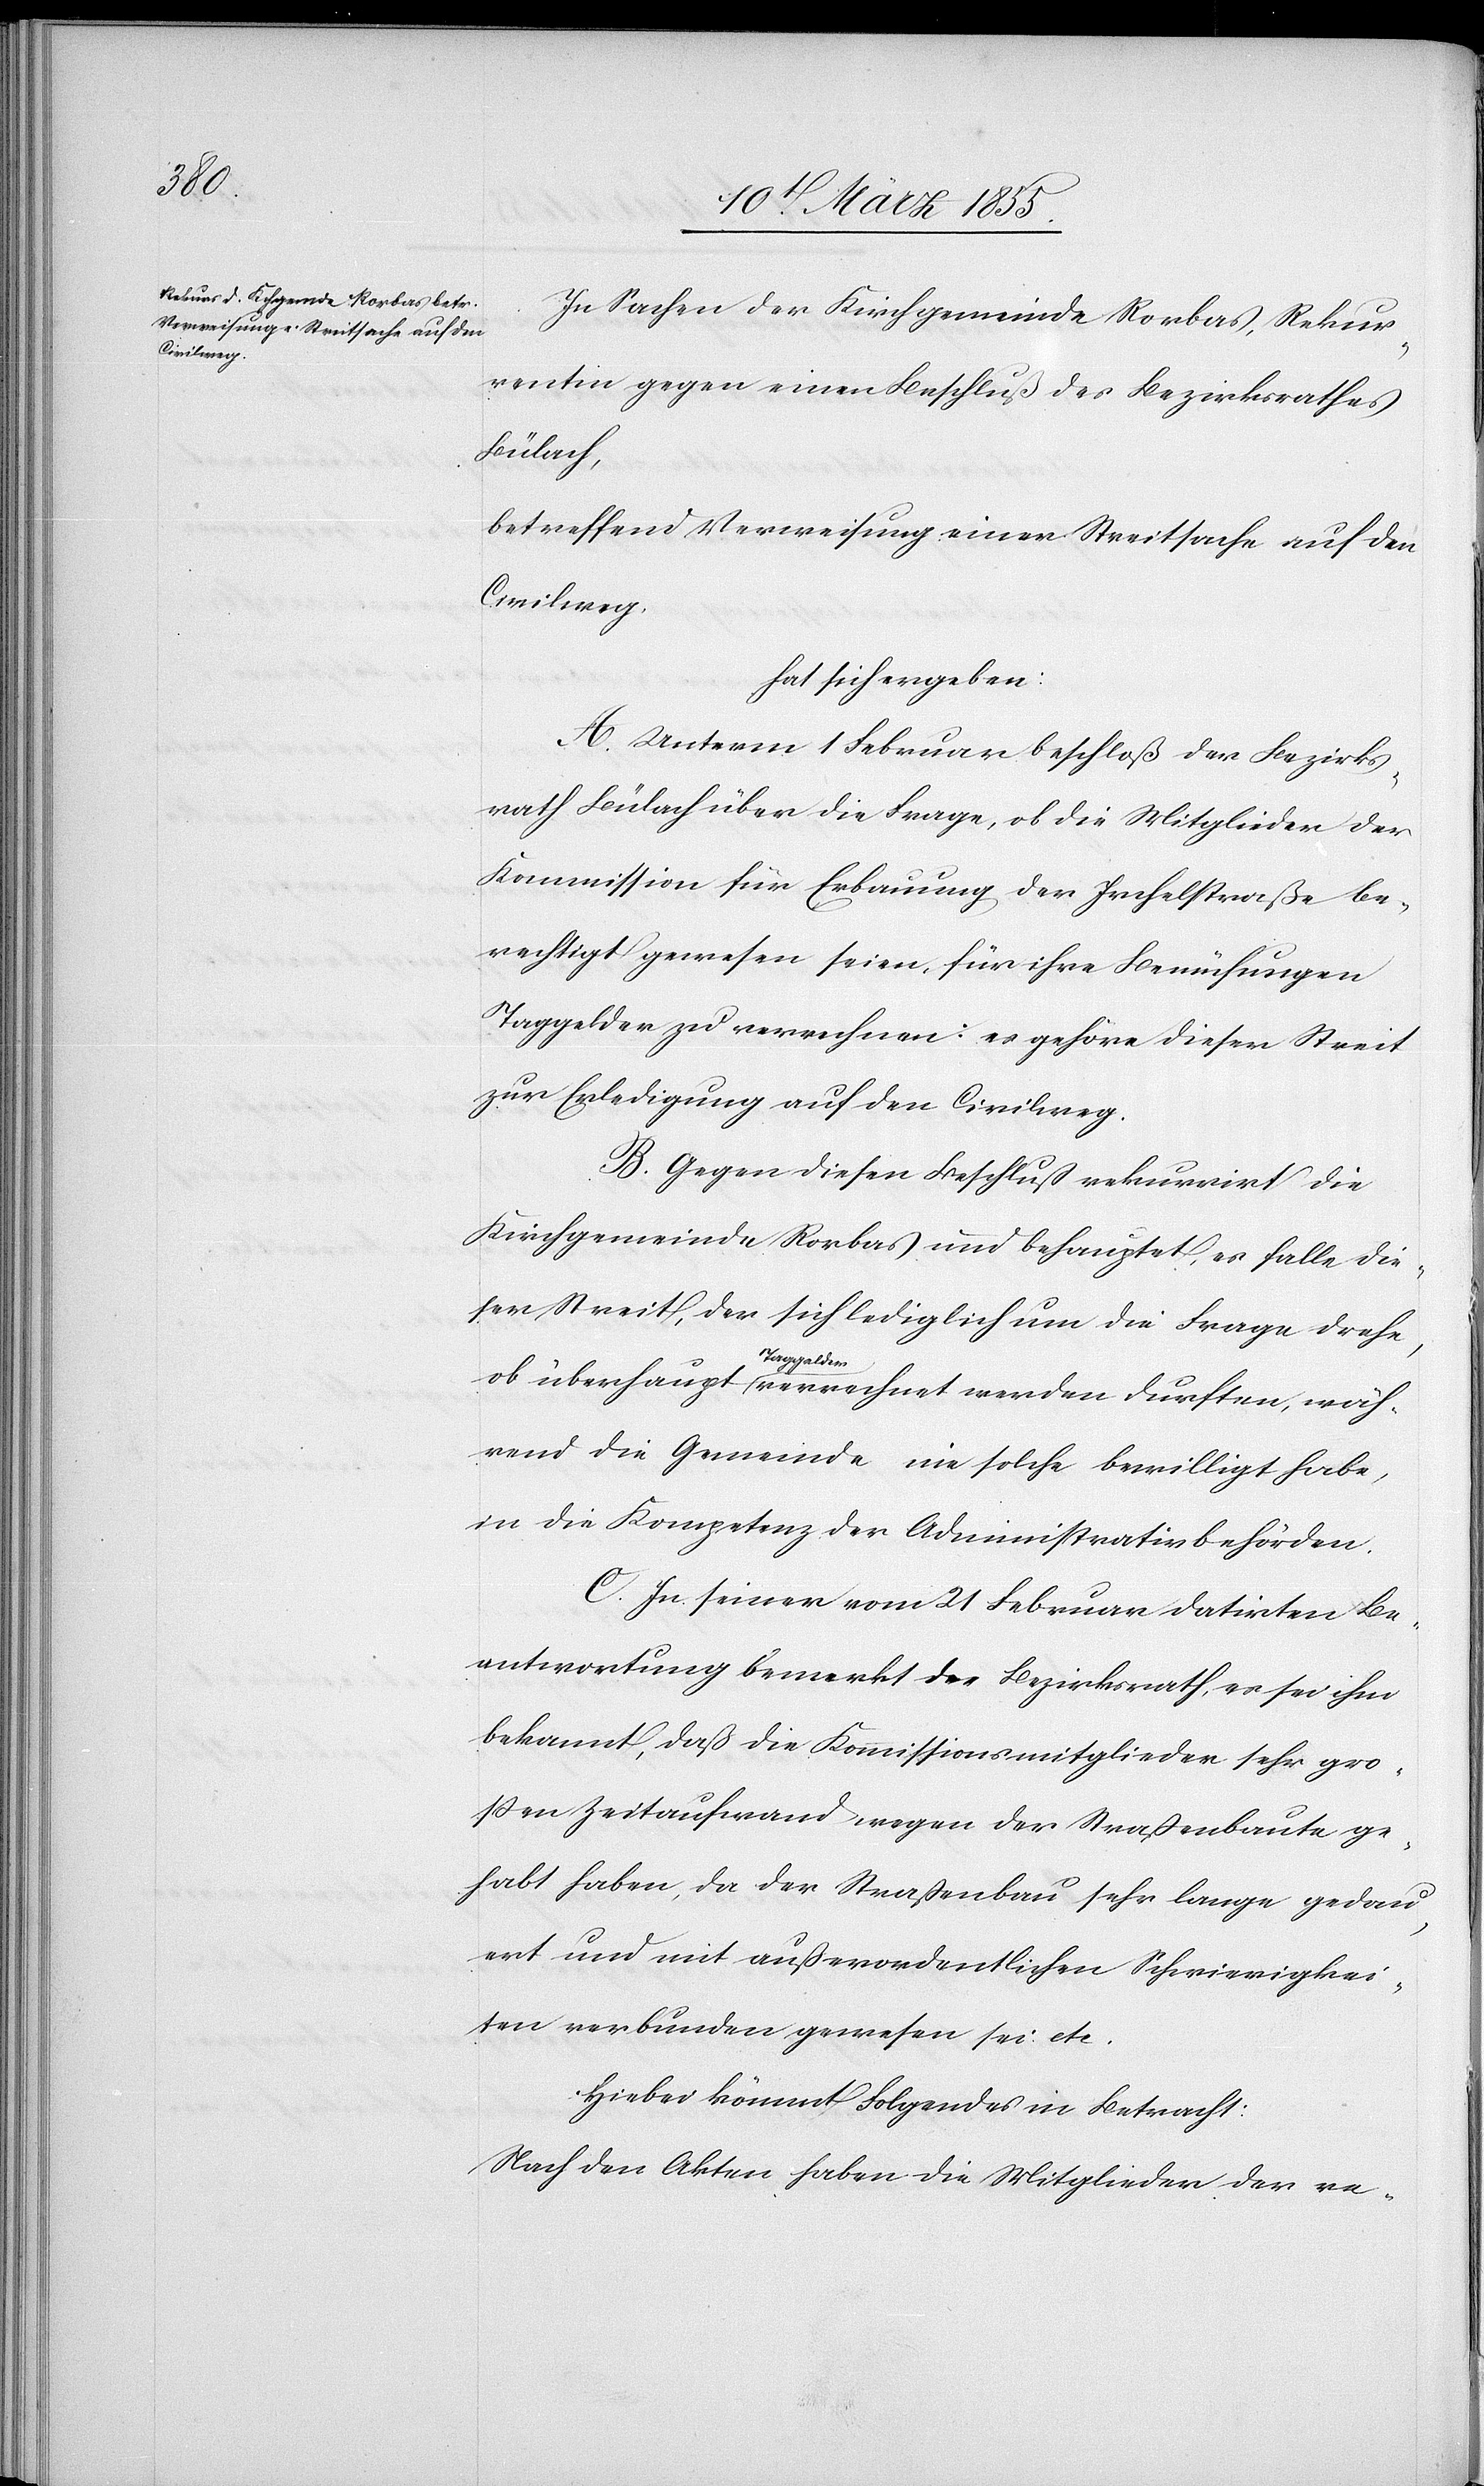
wäh¬

In Sachen der Kirchgemeinde Rorbas, Rekur¬
rentin gegen einen Beschluß des Bezirksrathes
Bülach,
betreffend Verweisung einer Streitsache auf den
Civilweg,
hat sich ergeben:
A. Unterm 1 Februar beschloß der Bezirks¬
rath Bülach über die Frage, ob die Mitglieder der
Kommission für Erbauung der Irchelstraße be¬
rechtigt gewesen seien, für ihre Bemühungen
Taggelder zu verrechnen: es gehöre dieser Streit
zur Erledigung auf den Civilweg.
B. Gegen diesen Beschluß rekurrirt die
Kirchgemeinde Rorbas und behauptet, es falle die¬
ser Streit, der sich lediglich um die Frage drehe,
Tagge¬
lder
rend die Gemeinde nie solche bewilligt habe,
in die Kompetenz der Administrativbehörden.
C. In seiner vom 21 Februar datirten Be¬
antwortung bemerkt der Bezirksrath, es sei ihm
bekannt, daß die Kommissionsmitglieder sehr gro¬
ssen Zeitaufwand wegen der Straßenbaute ge¬
habt haben, da der Straßenbau sehr lange gedau¬
ert und mit außerordentlichen Schwierigkei¬
ten verbunden gewesen sei etc.
Hiebei kömmt Folgendes in Betracht:
Nach den Akten haben die Mitglieder der re-